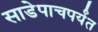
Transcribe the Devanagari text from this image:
साडेपाचपर्यंत